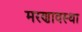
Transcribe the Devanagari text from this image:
मरणावस्था